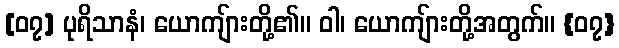
[၀၇] ပုရိသာနံ၊ ယောကျ်ားတို့၏။ ဝါ၊ ယောကျ်ားတို့အတွက်။ {၀၇}